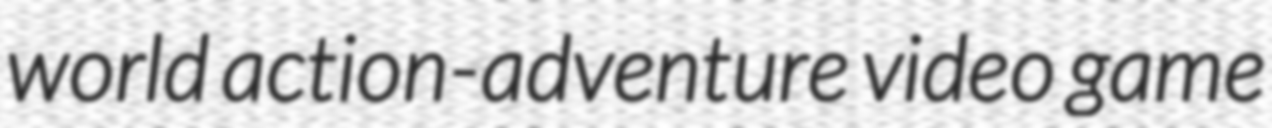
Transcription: world action-adventure video game